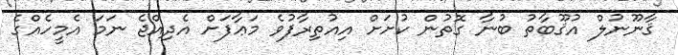
ޤާނޫނުލް އުޤޫބާތު ބުނާ ގޮތުން ކުށަށް އިއުތިރާފުވެ މަޢާފަށް އެދިއްޖެ ނަމަ އެމީހެއްގެ